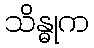
သိန္ဓုက